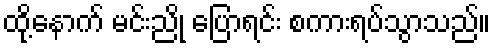
ထို့နောက် မင်းညို ပြောရင်း စကားရပ်သွာသည်။